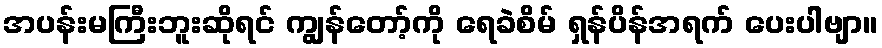
အပန်းမကြီးဘူးဆိုရင် ကျွန်တော့်ကို ရေခဲစိမ် ရှန်ပိန်အရက် ပေးပါဗျာ။